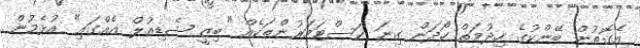
އެގޮތުން ބޭންކުގެ ހިދުމަތް ހޯދަން ގިނަ ކަސްޓަމަރުންތަކެއް "ބިޒީ ޝެޑިއުލް އެއްގައި" އުޅެމުން